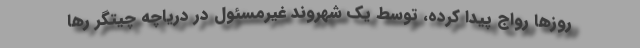
روزها رواج پیدا کرده، توسط یک شهروند غیرمسئول در دریاچه چیتگر رها